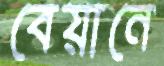
বেয়ানে